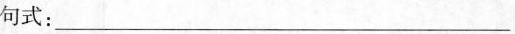
句式：______